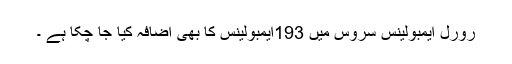
رورل ایمبولینس سروس میں 193ایمبولینس کا بھی اضافہ کیا جا چکا ہے ۔